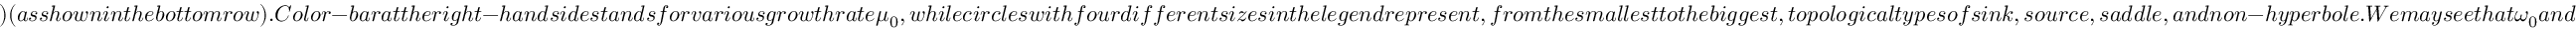
) ( a s s h o w n i n t h e b o t t o m r o w ) . C o l o r - b a r a t t h e r i g h t - h a n d s i d e s t a n d s f o r v a r i o u s g r o w t h r a t e \mu _ { 0 } , w h i l e c i r c l e s w i t h f o u r d i f f e r e n t s i z e s i n t h e l e g e n d r e p r e s e n t , f r o m t h e s m a l l e s t t o t h e b i g g e s t , t o p o l o g i c a l t y p e s o f s i n k , s o u r c e , s a d d l e , a n d n o n - h y p e r b o l e . W e m a y s e e t h a t \omega _ { 0 } a n d \omega _ { 1 } a t t h e f i x e d p o i n t s E _ { 1 } ^ { \prime } w e r e p u r e r e a l n u m b e r s w i t h a b s o l u t e v a l u e s g r e a t e r t h a n 1 , m a k i n g t h e f i x e d p o i n t a s o u r c e f o r a l l \mu _ { 0 } . W h i l e \omega _ { 0 } a n d \omega _ { 1 } a t t h e f i x e d p o i n t s E _ { 2 } ^ { \prime } w e r e a l s o p u r e r e a l n u m b e r s , t h e a b s o l u t e v a l u e s v a r y a c r o s s 1 , m a k i n g t h e f i x e d p o i n t E _ { 2 } ^ { \prime } t o p o l o g i c a l t y p e s o f s i n k , s o u r c e , a n d s a d d l e , w i t h p o s s i b l e n o n - h y p e r b o l e s o c c u r r i n g a t e i t h e r l o w \mu _ { 0 } = 1 o r h i g h \mu _ { 0 } = 3 . 7 5 i f w e a p p l y T h e o r e m